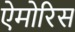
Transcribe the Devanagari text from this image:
ऐमोरिस